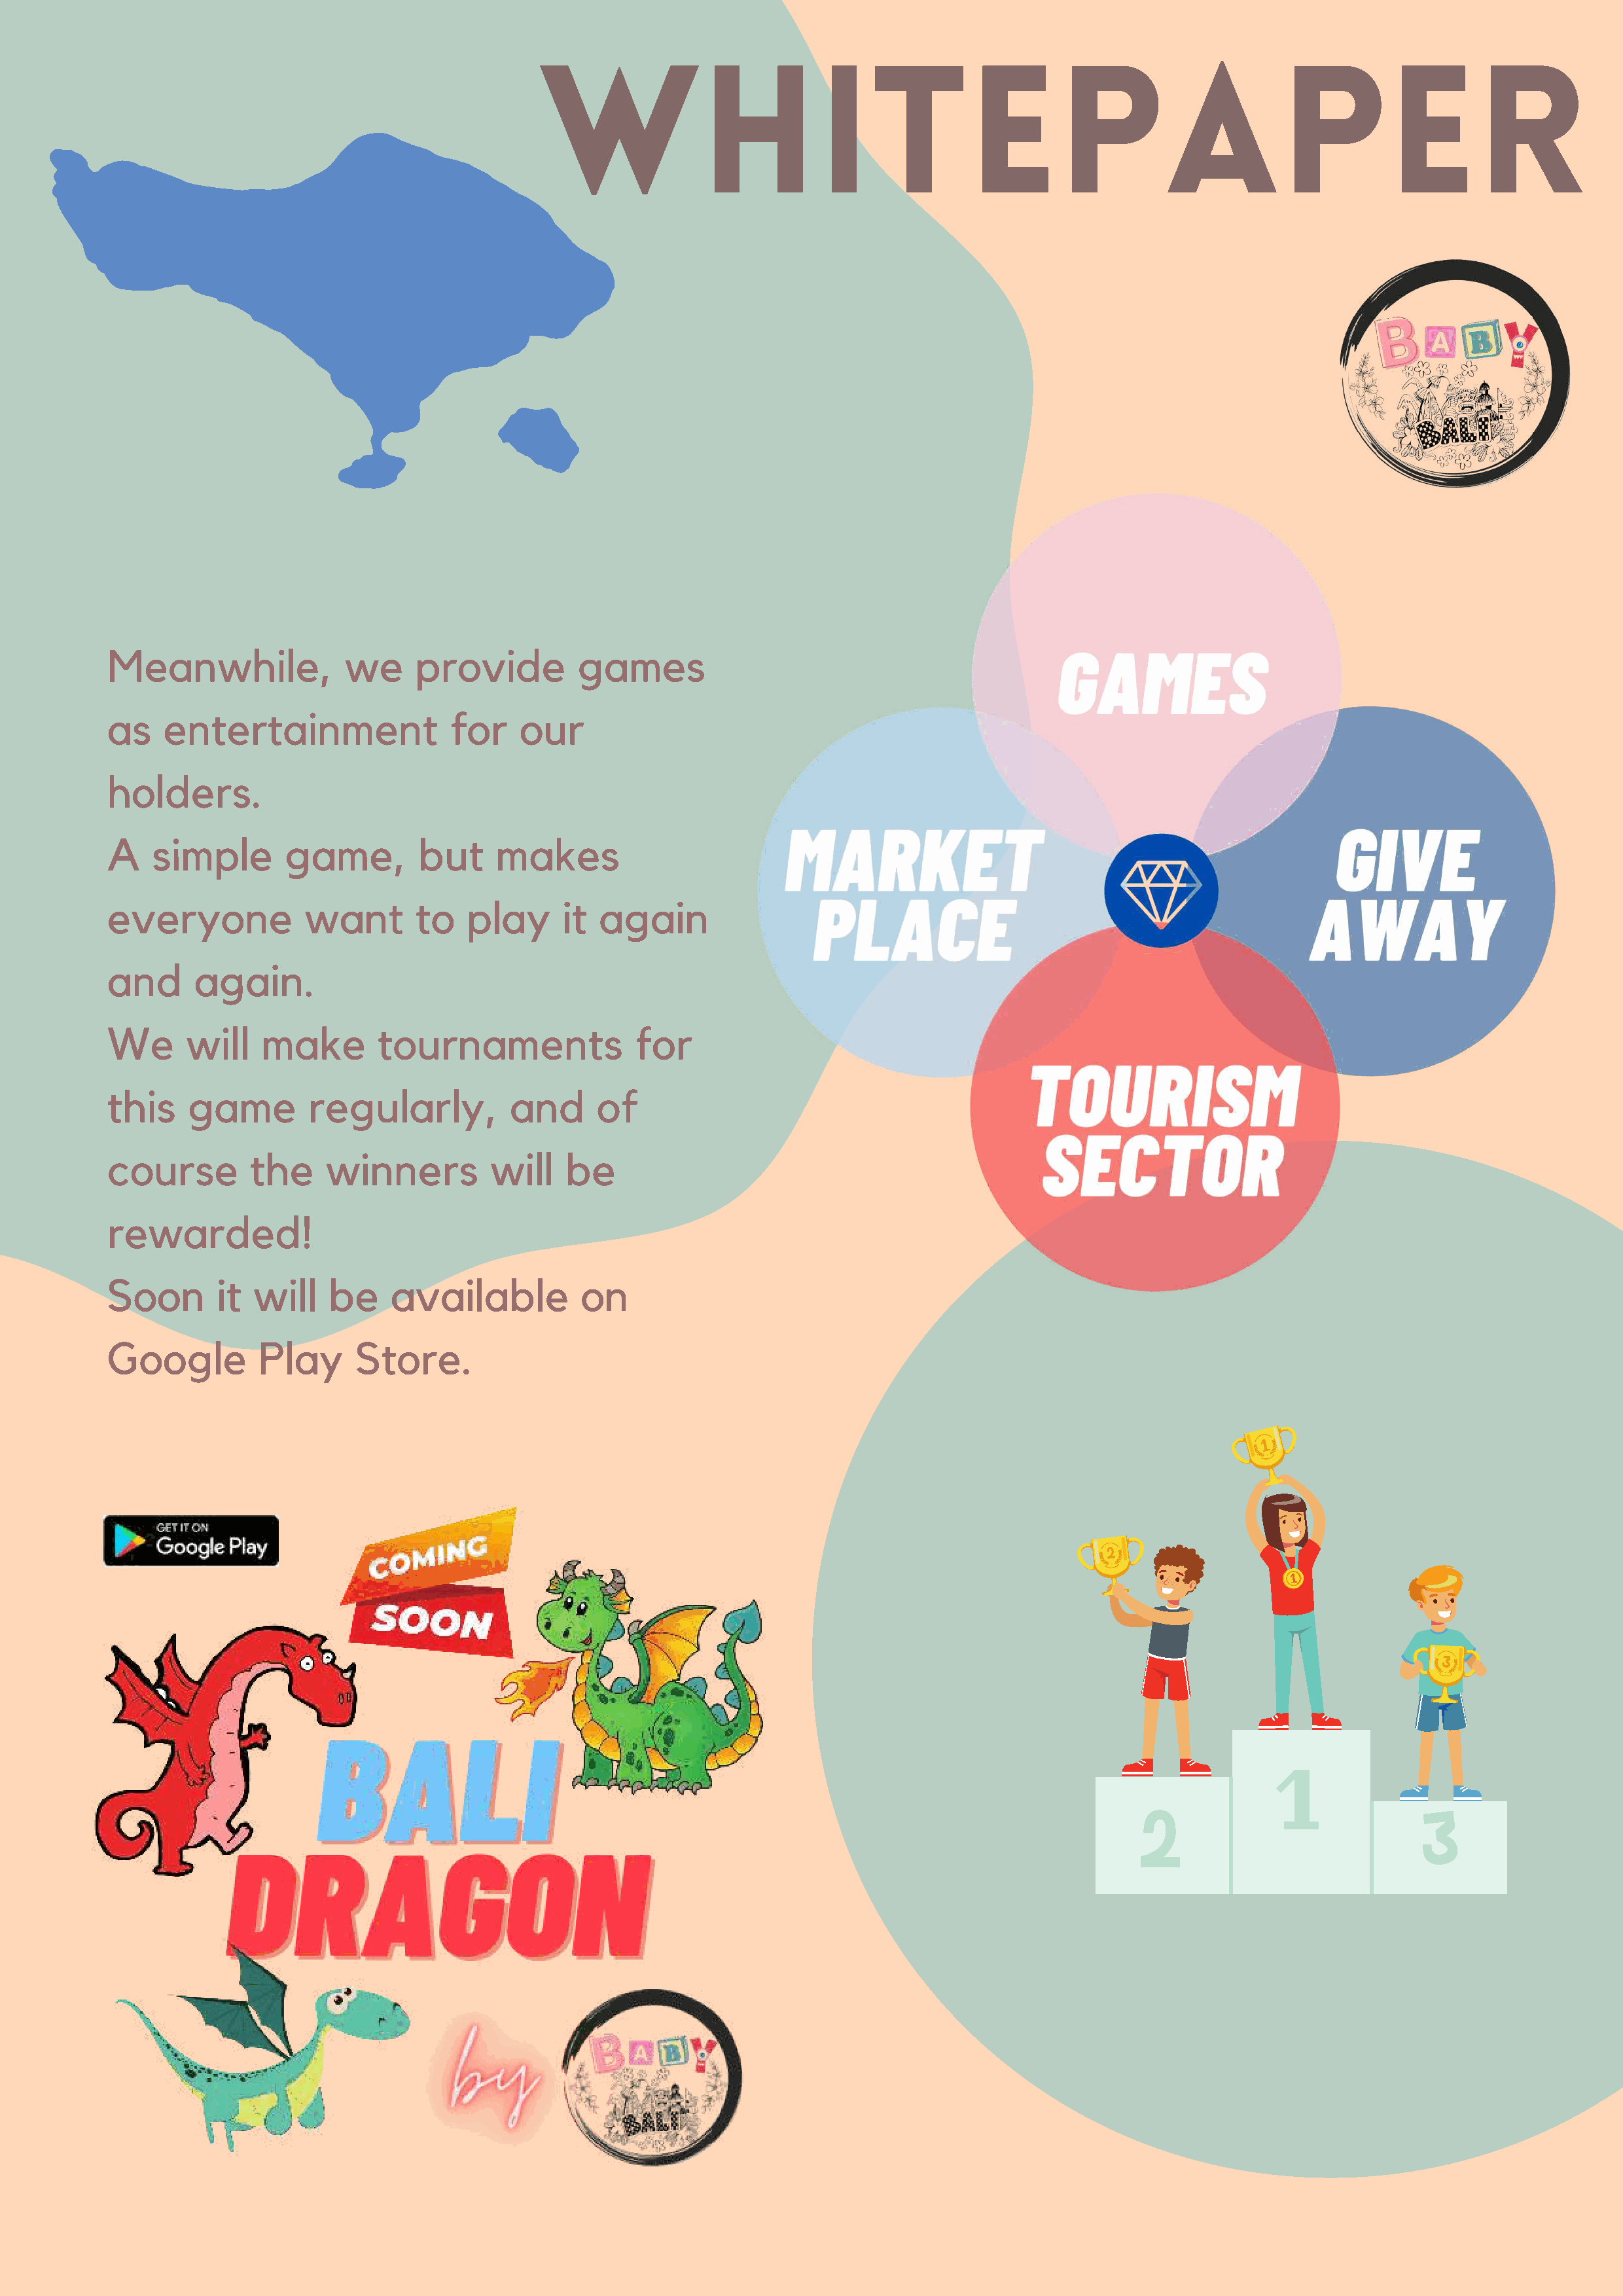
Whitepaper
 Meanwhile,              we     provide         games
 as    entertainment               for     our
 holders.
 A   simple        game,        but     makes
 everyone            want       to   play      it  again
 and      again.
 We      will   make        tournaments               for
 this    game        regularly,           and     of
 course        the     winners          will   be
 rewarded!
 Soon       it  will   be     available          on
 Google         Play      Store.